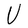
Character: U